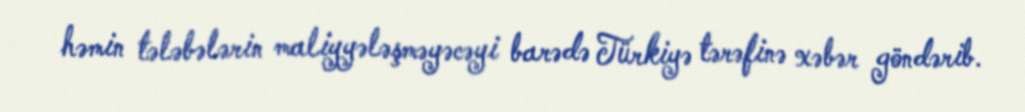
həmin tələbələrin maliyyələşməyəcəyi barədə Türkiyə tərəfinə xəbər göndərib.